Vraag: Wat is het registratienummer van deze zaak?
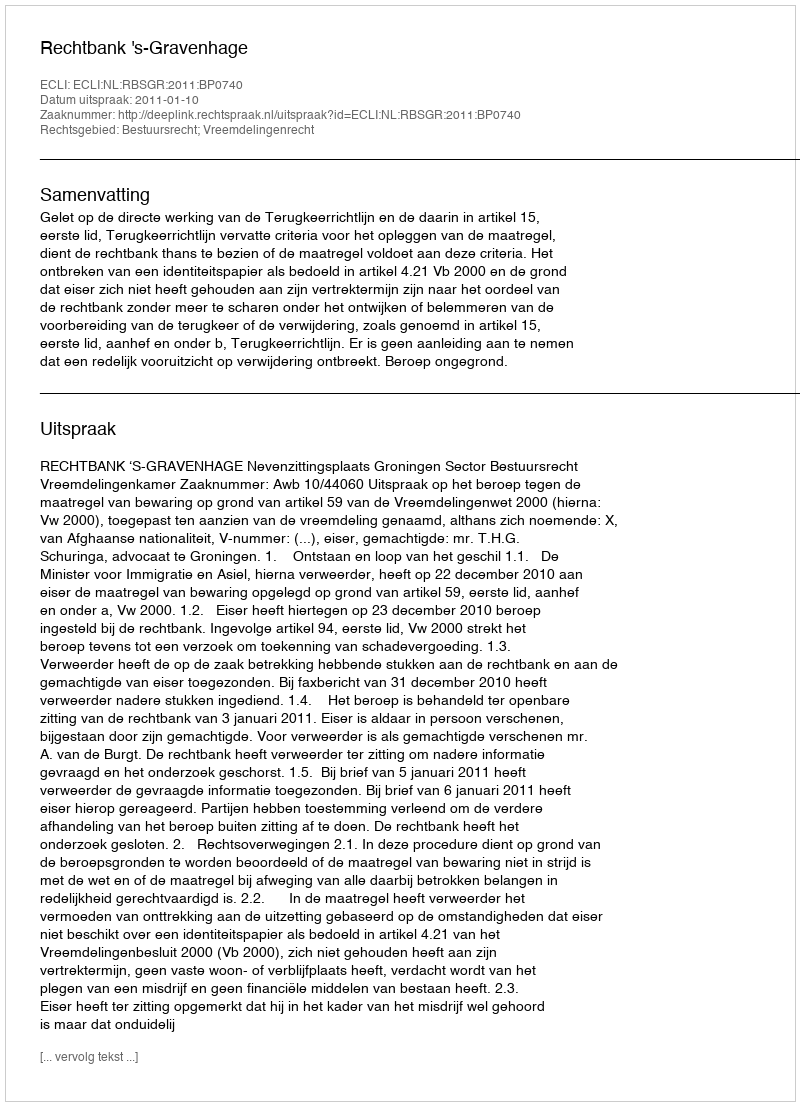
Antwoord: http://deeplink.rechtspraak.nl/uitspraak?id=ECLI:NL:RBSGR:2011:BP0740